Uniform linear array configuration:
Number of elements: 4
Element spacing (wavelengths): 1
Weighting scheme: binomial
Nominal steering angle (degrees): -45
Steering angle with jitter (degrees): -45.24
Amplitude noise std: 0.05
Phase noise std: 0.05

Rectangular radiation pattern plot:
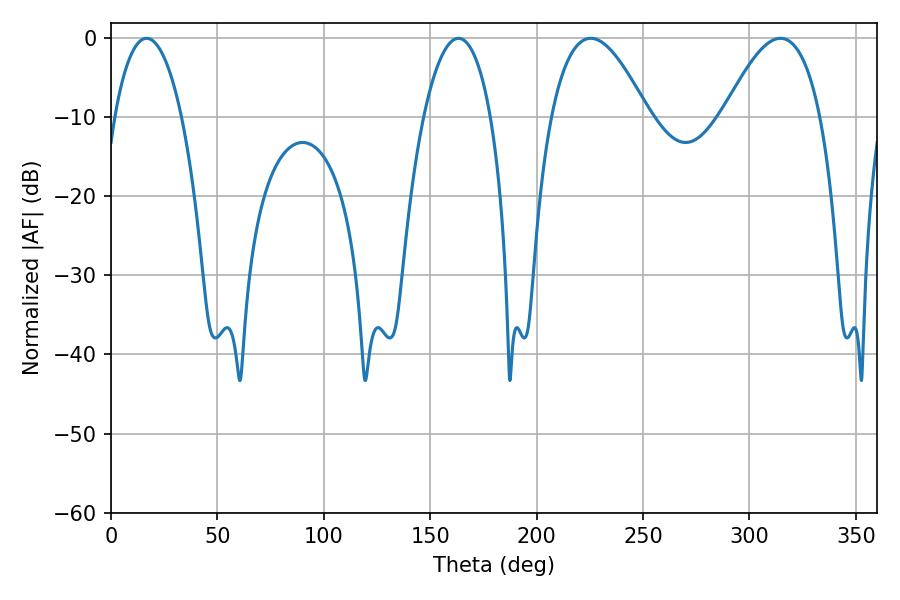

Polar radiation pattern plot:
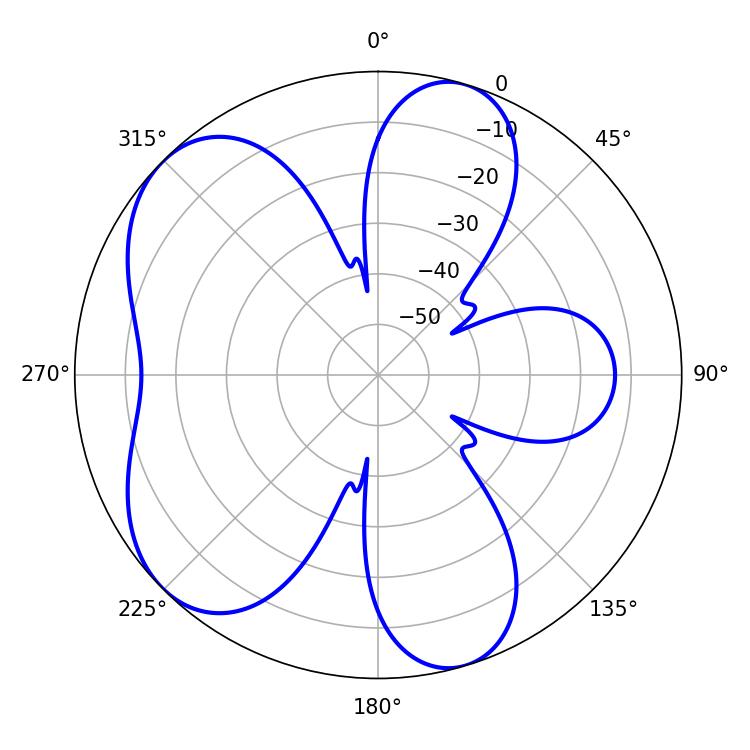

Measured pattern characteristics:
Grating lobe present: TRUE
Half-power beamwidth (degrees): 17.64
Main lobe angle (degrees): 16.74